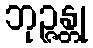
ဘုဉ္ဇန္တု